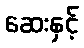
ဆေးနှင့်